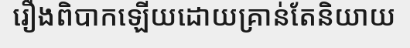
រឿងពិបាកឡើយដោយគ្រាន់តែនិយាយ